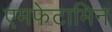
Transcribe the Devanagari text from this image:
एमफेटामिन